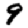
Digit: 9